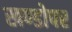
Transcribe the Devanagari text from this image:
खण्डोपर